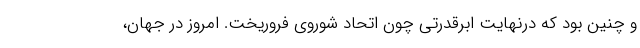
و چنین بود كه درنهایت ابرقدرتی چون اتحاد شوروی فروریخت. امروز در جهان،